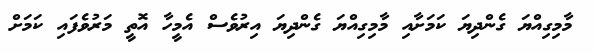
މާމިގިއްޔަ ގެންދިޔަ ކަމަށާއި މާމިގިއްޔަ ގެންދިޔަ އިރުވެސް އެމީހާ އޮތީ މަރުވެފައި ކަމަށް